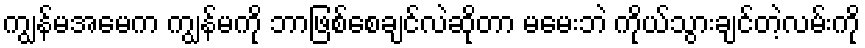
ကျွန်မအမေက ကျွန်မကို ဘာဖြစ်စေချင်လဲဆိုတာ မမေးဘဲ ကိုယ်သွားချင်တဲ့လမ်းကို